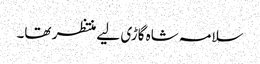
سلامہ شاہ گاڑی لیے منتظر تھا۔